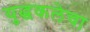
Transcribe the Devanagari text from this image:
युद्धकलेचा